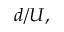
d / U ,